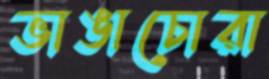
ভাঙাচোরা